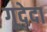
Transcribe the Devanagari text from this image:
गूदेदा